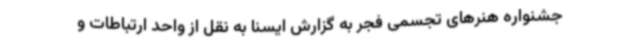
جشنواره هنرهای تجسمی فجر به گزارش ایسنا به نقل از واحد ارتباطات و